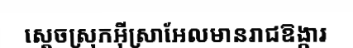
ស្តេចស្រុកអ៊ីស្រាអែលមានរាជឱង្ការ